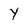
Character: Y